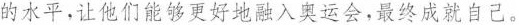
的水平，让他们能够更好地融入奥运会，最终成就自己。